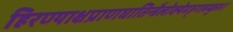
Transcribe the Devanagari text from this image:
हिरण्याक्षप्राणघातिन्त्रैलोक्येमङ्गलम्कुरु॥